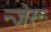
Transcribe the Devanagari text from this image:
न्जेरू